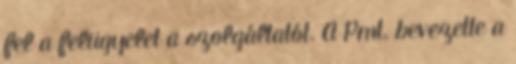
fel a felügyelet a szolgáltatót. A Pmt. bevezette a